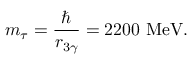
m _ { \tau } = \frac { \hbar } { r _ { 3 \gamma } } = 2 2 0 0 \ \mathrm { M e V } .